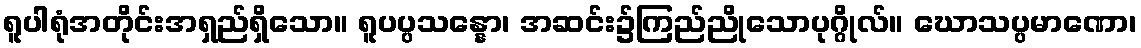
ရူပါရုံအတိုင်းအရှည်ရှိသော။ ရူပပ္ပသန္နော၊ အဆင်း၌ကြည်ညိုသောပုဂ္ဂိုလ်။ ဃောသပ္ပမာဏော၊